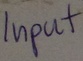
Text: Input